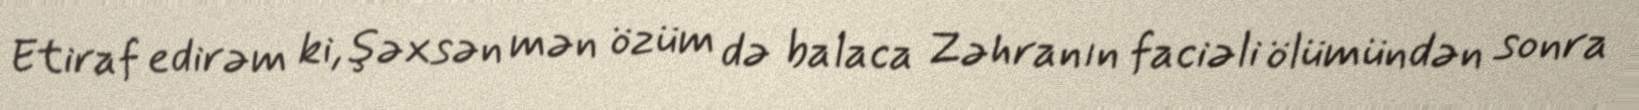
Etiraf edirəm ki, şəxsən mən özüm də balaca Zəhranın faciəli ölümündən sonra